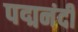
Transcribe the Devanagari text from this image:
पद्मनंदी